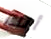
أنك